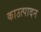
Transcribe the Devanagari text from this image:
काउत्पादन